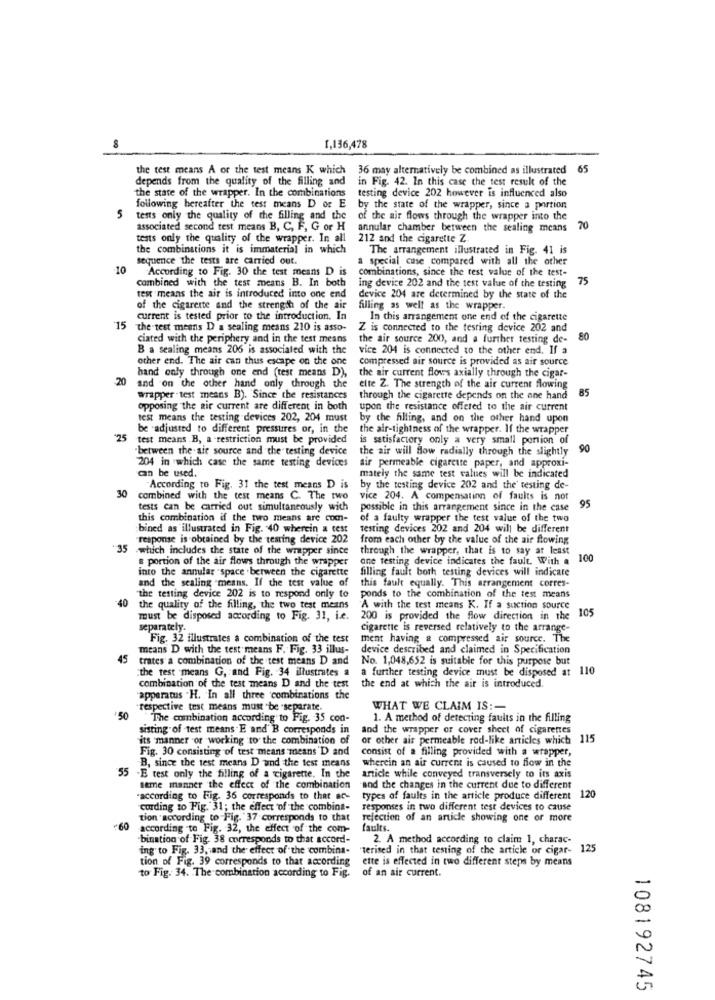
1,136,478
the test means A or the test means K which 36 may alternatively be combined as illustrated 65
depends from the quality of the filling and
in Fig. 42. In this case the test result of the
the state of the wrapper. In the combinations
testing device 202 however is influenced also
following hereafter the test means D or E
by the state of the wrapper, since a portion
5
tests only the quality of the filling and the
of the air flows through the wrapper into the
associated second test means B, C, F, G or H
annular chamber between the sealing means 70
tests only the quality of the wrapper. In all
212 and the cigarette Z
the combinations it is immaterial in which
The arrangement illustrated in Fig. 41 is
sequence the tests are carried out.
a special cuse compared with all the other
10
According to Fig. 30 the test means D is
combinations, since the test value of the test-
combined with the test means B. In both
75
ing device 202 and the test value of the testing
test means the air is introduced into one end
device 204 are determined by the state of the
of the cigarette and the strength of the air
filling as well as the wrapper.
current is tested prior to the introduction. In
In this arrangement one end of the cigarette
15 the-test means D a sealing means 210 is asso-
Z is connected to the testing device 202 and
ciated with the periphery and in the test means
the air source 200, and a further testing de-
80
B a sealing means 206 is associated with the
vice 204 is connected to the other end. If a
other end. The air can thus escape on the one
compressed air source is provided as air source
hand only through one end (test means D),
the air current flows axially through the cigar-
-20
and on the other hand only through the
elte Z. The strength of the air current flowing
85
wrapper test means B). Since the resistances
through the cigarette depends on the one hand
opposing the air current are different in both
upon the resistance offered to the air current
test means the testing devices 202, 204 must
by the filling, and on the other hand upon
be adjusted to different pressures or, in the
the air-tightness of the wrapper. If the wrapper
'25 test means B, a restriction must be provided
is satisfactory only a very small portion of
"between the air source and the testing device
the air will Slow radially through the slightly
90
204 in which case the same testing devices
sir permeable cigarette paper, and approxi-
can be used.
mately the same test values will be indicated
30
"According to Fig. 31 the test means D is
by the testing device 202 and the' testing de-
combined with the test means C. The two
vice 204. A compensation of faults is not
tests can be carried out simultaneously wich
possible in this arrangement since in the case
95
this combination if the two means are com-
of a faulty wrapper the test value of the two
bined as illustrated in Fig. 40 wherein a test
testing devices 202 and 204 will be different
response is obtained by the testing device 202
from each other by the value of the air flowing
*35
which includes the state of the wrapper since
through the wrapper, that is to say ar least
s portion of the air flows through the wrapper
one testing device indicates the fault. With a
100
into the annular space between the cigarette
filling fault both testing devices will indicare
and the sealing means. If the test value of
this fault equally. This arrangement corres-
40
the testing device 202 is to respond only to
ponds to the combination of the test means
the quality of the filling, the two test means
'A with the test means K. If a suction source
must be disposed according to Fig. 31, i.e.
200 is provided the flow direction in the 105
separately.
cigarette is reversed relatively to the arrange-
Fig. 32 illustrates a combination of the test
ment having a compressed air source. The
means D with the test means F. Fig. 33 illus-
device described and claimed in Specification
45
trates a combination of the test means D and
No. 1,048,652 is suitable for this purpose but
:the test means G, and Fig. 34 illustrates a
a further testing device must be disposed at 110
combination of the test means D and the test
the end at which the air is introduced.
apparatus . H. In all three combinations the
"respective test means must be .separate.
WHAT WE CLAIM IS :-
50
The combination according to Fig. 35 con-
1. A method of detecting faults in the filling
sisting of test means E and' B corresponds in
and the wrapper or cover sheet of cigarettes
its manner of working to the combination of
or other air permeable rod-like articles which 115
Fig. 30 consisting of test means means 'D and
Consist of a filling provided with a wrapper,
B, since the test means D and the test means
wherein an air current is caused to flow in the
55 .E test only the filling of a cigarette. In the
article while conveyed transversely to its axis
same manner the effect of the combination
"and the changes in the current due to different
"according to Fig. 36 corresponds to that an-
types of faults in the article produce different 120
cording to Fig. 31; the effect of the combina-
responses in two different test devices to cause
tion according to Fig. 37 corresponds to that
rejection of an article showing one or more
60
according to Fig. 32, the effect of the com-
faults.
bination of Fig. 38 corresponds to that accord-
2. A method according to claim 1, charac-
ing to Fig. 33, and the effect of the combina-
"terised in that testing of the article or cigar- 125
tion of Fig. 39 corresponds to that according
ette is effected in two different steps by means
of an air current.
to Fig. 34. The combination according to Fig.
108192745